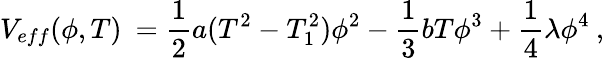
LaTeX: V_{eff}(\phi,T)\: =\frac{1}{2}a(T^{2}-T_{1}^{2})\phi^{2}-\frac{1}{3}bT\phi^{3}+\frac{1}{4}\lambda\phi^{4}\: ,